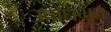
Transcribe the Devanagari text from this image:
उपधिभूत